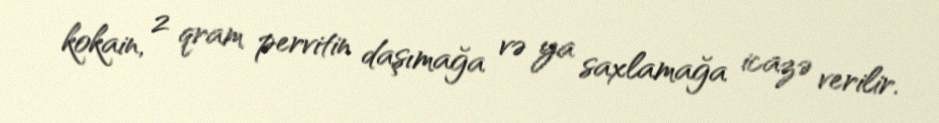
kokain, 2 qram pervitin daşımağa və ya saxlamağa icazə verilir.